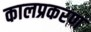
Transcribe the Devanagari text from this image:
कालप्रकरण